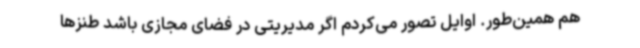
هم همین‌طور. اوایل تصور می‌کردم اگر مدیریتی در فضای مجازی باشد طنزها